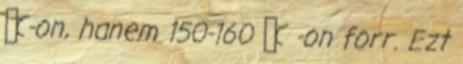
̊ C-on, hanem 150-160 ̊ C -on forr. Ezt